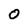
Character: O